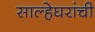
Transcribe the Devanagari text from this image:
साल्हेघरांची